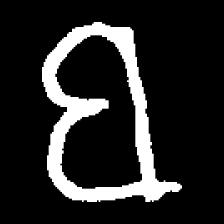
Pyu character \u2014 Myanmar letter: ဗ (romanized: ba)